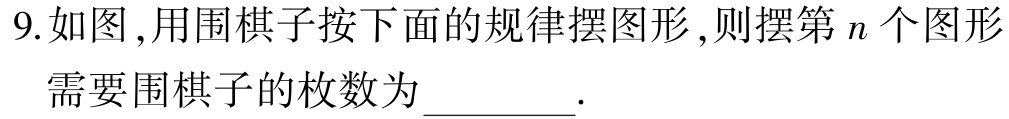
9.如图,用围棋子按下面的规律摆图形,则摆第\(n\)个图形
需要围棋子的枚数为________.